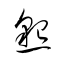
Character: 懇